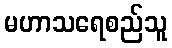
မဟာသရေစည်သူ